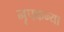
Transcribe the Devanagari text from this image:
नृपकन्या